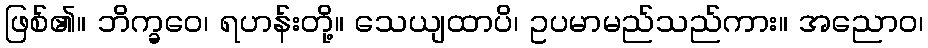
ဖြစ်၏။ ဘိက္ခဝေ၊ ရဟန်းတို့။ သေယျထာပိ၊ ဥပမာမည်သည်ကား။ အညောဝ၊